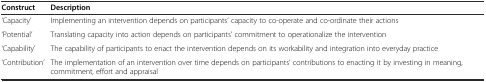
<table><thead><tr><td><b>Construct</b></td><td><b>Description</b></td></tr></thead><tbody><tr><td>‘Capacity’</td><td>Implementing an intervention depends on participants’ capacity to co-operate and co-ordinate their actions</td></tr><tr><td>‘Potential’</td><td>Translating capacity into action depends on participants’ commitment to operationalize the intervention</td></tr><tr><td>‘Capability’</td><td>The capability of participants to enact the intervention depends on its workability and integration into everyday practice</td></tr><tr><td>‘Contribution’</td><td>The implementation of an intervention over time depends on participants’ contributions to enacting it by investing in meaning, commitment, effort and appraisal</td></tr></tbody></table>